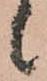
候